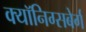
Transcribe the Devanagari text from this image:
क्यॉनिग्सबेर्ग